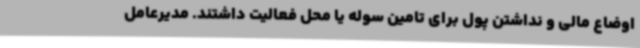
اوضاع مالی و نداشتن پول برای تامین سوله یا محل فعالیت داشتند. مدیرعامل